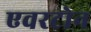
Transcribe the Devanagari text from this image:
एवरटोन